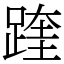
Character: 䠑